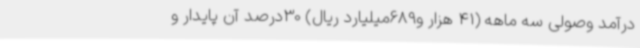
درآمد وصولی سه ماهه (41 هزار و689میلیارد ریال) 30درصد آن پایدار و